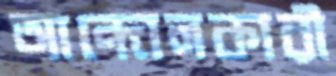
আন্দোলকারী